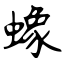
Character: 蟓